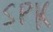
Text: SPK